Civil Veterinary Dept. Bombay admin report 1900-1906 - 1900-1906
Year: 1900
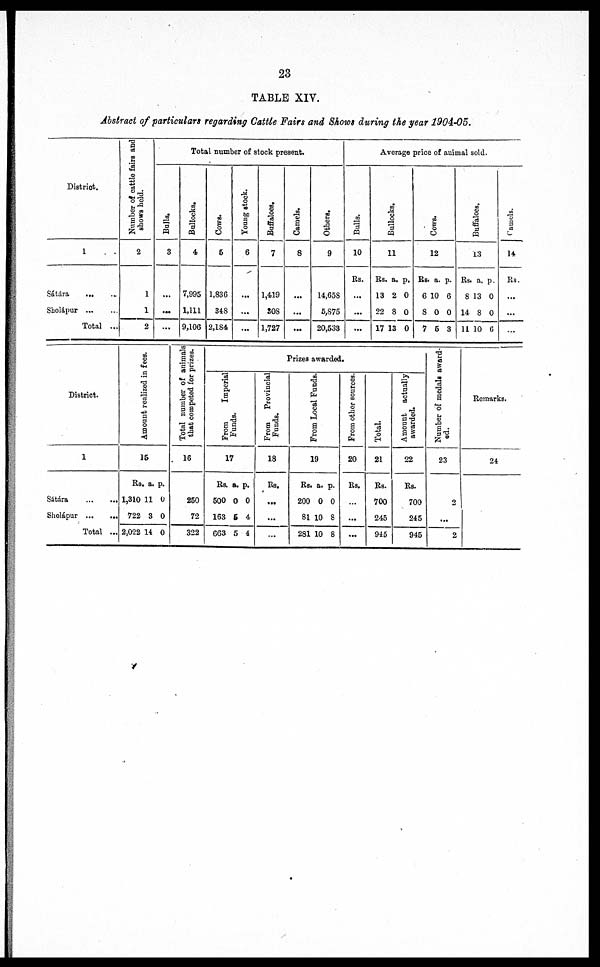
23
TABLE XIV.
Abstract of particulars regarding Cattle Fairs and Shows during the year 1904-05.
District.
1
Sátára ... ...
Sholápur ... ...
Total ...
Number of cattle fairs and
shows held.
2
1
1
2
Total number of stock present.
Bulls.
8
...
...
...
Bullocks.
4
7,995
1,111
9,106
Cows.
6
1,836
348
2,184
Young stock.
6
...
...
...
Buffaloes.
7
1,419
80S
1,727
Camels.
8
...
...
...
Others.
9
14,658
6,S75
20,538
Average price of animal sold.
Bulls.
10
Rs.
...
...
...
Bullocks.
11
Rs.
18
22
17
a.
2
8
13
p.
0
0
0
Cows.
12
Rs.
6
8
7
a.
10
0
6
p.
6
0
8
Buffaloes.
13
Rs.
8
14
11
a.
13
8
10
p.
0
0
6
Camels.
14
Rs.
...
...
...
District.
1
Sátára
...
...
Sholápur ...
...
Total ...
Amount realised in fees.
15
Rs.
1,810
722
2,022
a.
11
8
14
p.
0
0
0
Total number of animals
that competed for prizes.
16
850
72
322
Prizes awarded.
Fr om I mper i
al
funds.
17
Rs.
500
163
663
a.
0
5
5
p.
0
4
4
From
Provincial
Funds.
18
Rs.
...
...
...
Fr om Local Funds.
19
Rs.
200
81
281
a.
0
10
10
p.
0
8
8
From other sources.
20
Rs.
...
...
...
Total.
21
Rs.
700
245
945
Amount actually
awarded.
22
Rs.
700
245
945
Number of medals award-
ed.
23
2
...
2
Remarks.
24